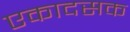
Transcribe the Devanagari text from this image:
एकादसक